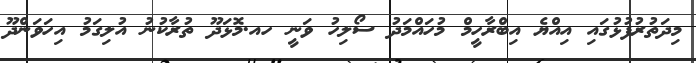
މިދަތުރުފުޅުގައި އިއްޔެ އިބްރާހީމް މުހައްމަދު ސޯލިހު ވަނީ ހއ.މޮޅަދޫ ތުރާކުނު އުލިގަމު އިހަވަންދޫ